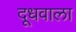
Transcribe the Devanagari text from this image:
दूधवाला